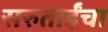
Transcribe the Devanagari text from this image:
सरुताईंचा